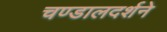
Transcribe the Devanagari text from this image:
चण्डालदर्शने